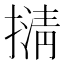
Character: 𢴆